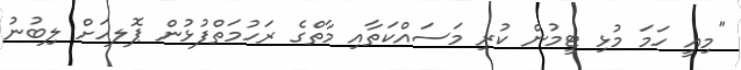
"މިއީ ހަމަ މުޅި ޓީމުން ކުރި މަސައްކަތާއި މާތްގެ ރަހުމަތްފުޅުން ޕޮލހަށް ލިބުނު